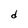
Character: d